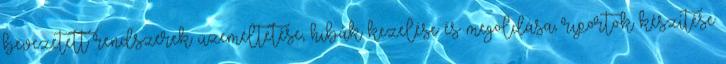
bevezetett rendszerek üzemeltetése, hibák kezelése és megoldása, riportok készítése